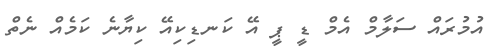
އުމުރައް ސަލާމް އެމް ޑީ ޕީ އޭ ކަނޑިކިއޭ ކިޔާނެ ކަމެއް ނެތް